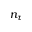
n _ { \tau }